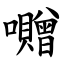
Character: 囎